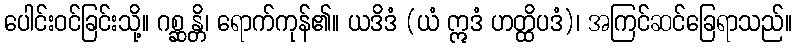
ပေါင်းဝင်ခြင်းသို့။ ဂစ္ဆန္တိ၊ ရောက်ကုန်၏။ ယဒိဒံ (ယံ ဣဒံ ဟတ္ထိပဒံ)၊ အကြင်ဆင်ခြေရာသည်။